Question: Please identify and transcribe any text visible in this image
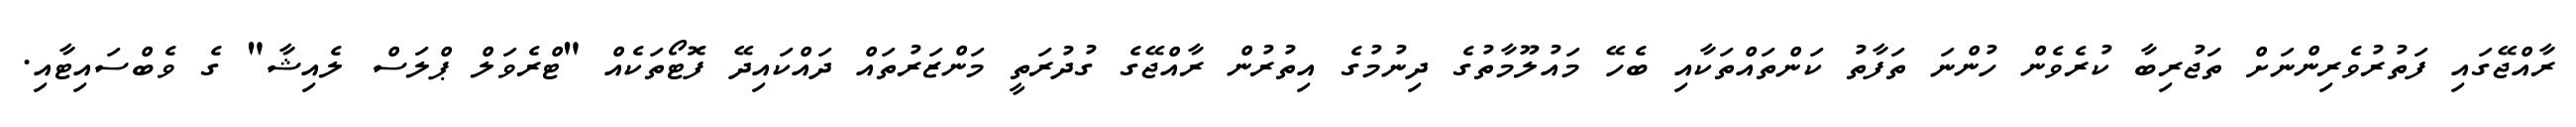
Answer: ރާއްޖޭގައި ފަތުރުވެރިންނަށް ތަޖުރިބާ ކުރެވެން ހުންނަ ތަފާތު ކަންތައްތަކާއި ބެހޭ މައުލޫމާތުގެ ދިނުމުގެ އިތުރުން ރާއްޖޭގެ ގުދުރަތީ މަންޒަރުތައް ދައްކައިދޭ ފޮޓޯތަކެއް "ޓްރެވަލް ޕްލަސް ލެއިޝާ" ގެ ވެބްސައިޓާއި.